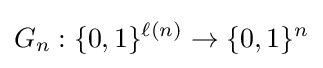
G_{n}:\{0,1\}^{\ell (n)}\to \{0,1\}^{n}